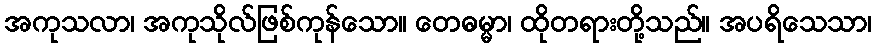
အကုသလာ၊ အကုသိုလ်ဖြစ်ကုန်သော။ တေဓမ္မာ၊ ထိုတရားတို့သည်။ အပရိသေသာ၊